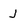
Character: j